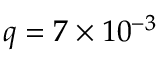
q = 7 \times 1 0 ^ { - 3 }